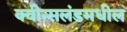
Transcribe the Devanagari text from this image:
क्वीन्सलंडमधील